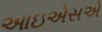
આઇએસએ